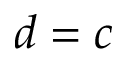
d = c